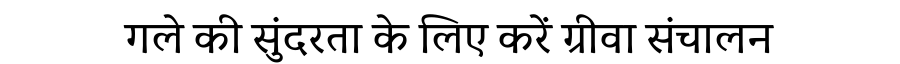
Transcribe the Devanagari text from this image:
गले की सुंदरता के लिए करें ग्रीवा संचालन